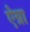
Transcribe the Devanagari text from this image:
ऐग्रा